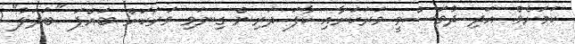
ކަމަށެވެ. އަދި ދުވަސްވީ ވަރަކަށާއި ކާފަ ދަރިން ގިނަވި ވަރަކަށް ބައްޕަ "ބަަދަލު"